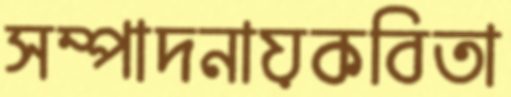
সম্পাদনায়কবিতা